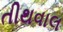
તીથવાલ